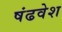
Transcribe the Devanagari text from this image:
षंढवेश